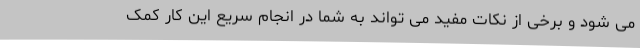
می شود و برخی از نکات مفید می تواند به شما در انجام سریع این کار کمک